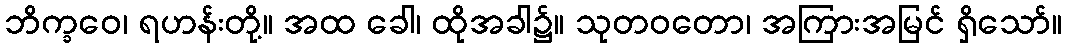
ဘိက္ခဝေ၊ ရဟန်းတို့။ အထ ခေါ၊ ထိုအခါ၌။ သုတဝတော၊ အကြားအမြင် ရှိသော်။